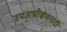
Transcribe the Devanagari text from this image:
उपअधीक्षकपदी